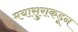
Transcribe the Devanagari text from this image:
मयासुराकडून